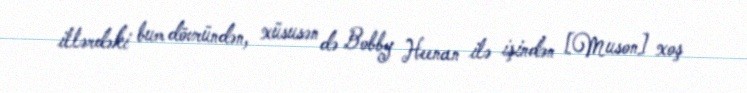
illərdəki bum dövründən, xüsusən də Bobby Heenan ilə işindən [Muson] xoş